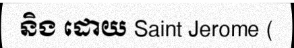
និង ដោយ Saint Jerome (